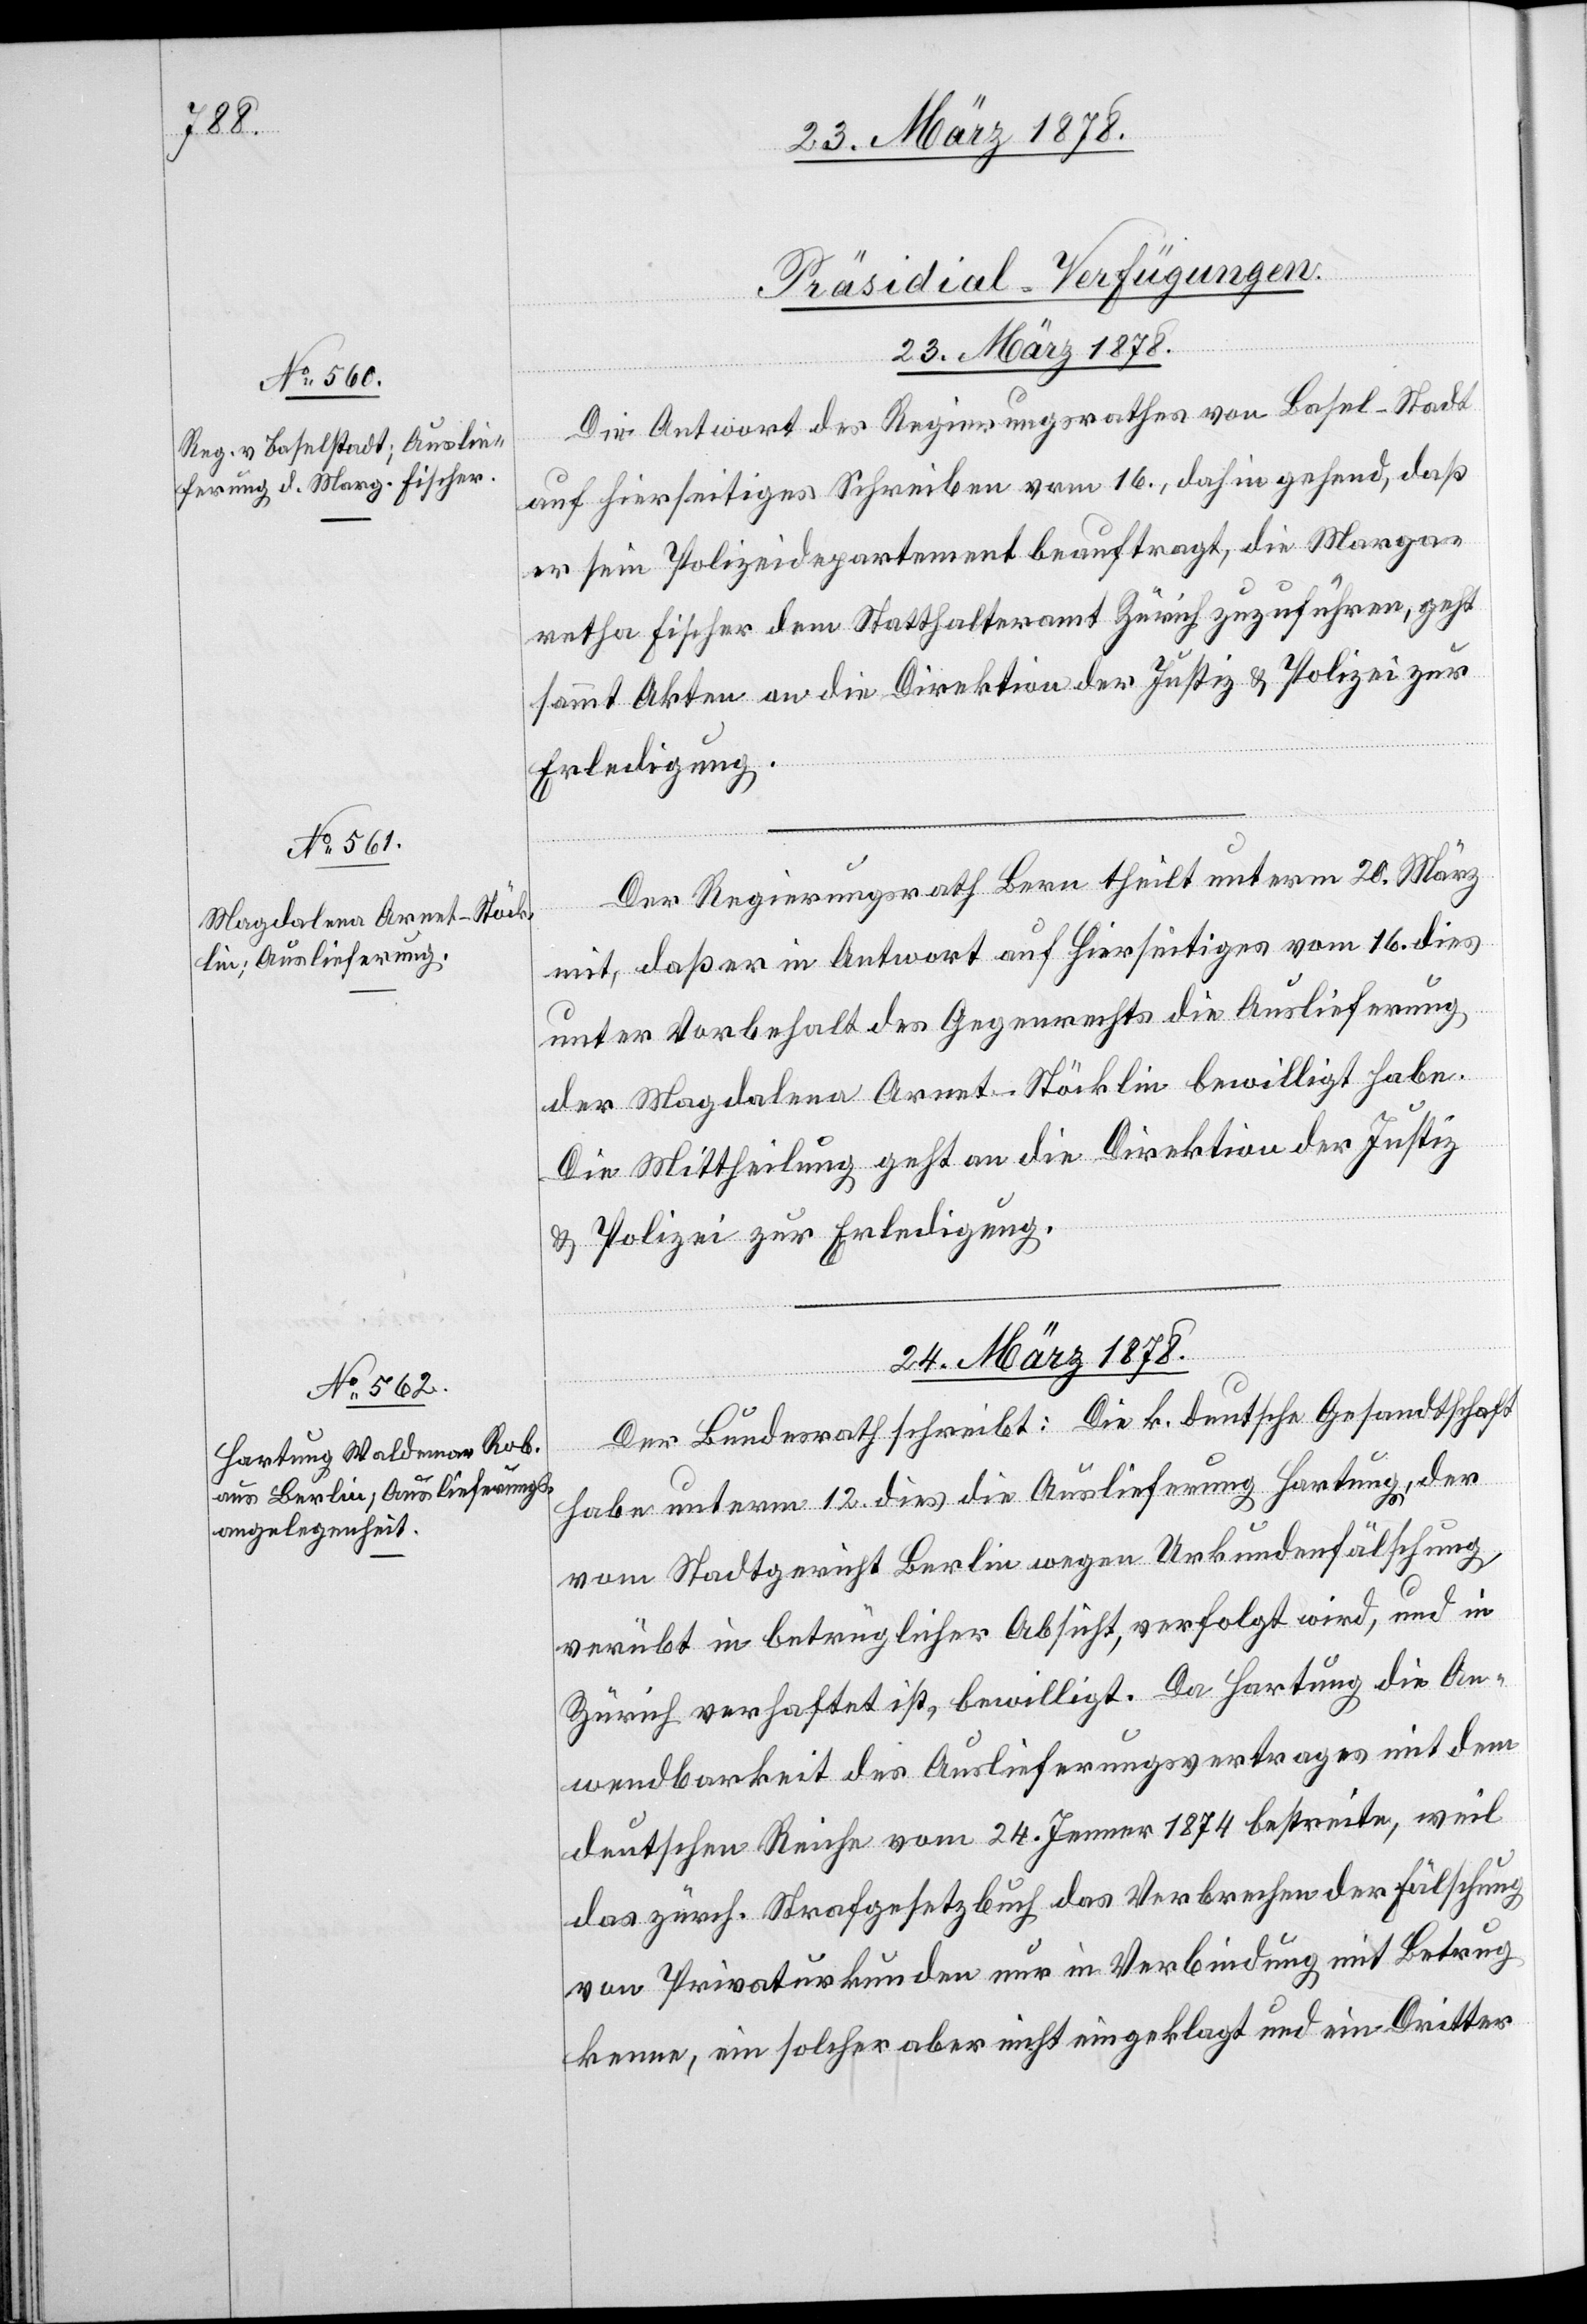
[Präsidial-Verfügungen.]
23. März 1878.]
Die Antwort des Regierungsrathes von Basel-Stadt
auf hierseitiges Schreiben vom 16., dahin gehend, daß
er sein Polizeidepartement beauftragt, die Marga¬
retha Fischer dem Statthalteramt Zürich zuzuführen, geht
sammt Akten an die Direktion der Justiz & Polizei zur
Erledigung.
Der Regierungsrath Bern theilt unterm 20. März
mit, daß er in Antwort auf hierseitiges vom 16. dies
unter Vorbehalt des Gegenrechts die Auslieferung
der Magdalena Arnet-Stöcklin bewilligt habe.
Die Mittheilung geht an die Direktion der Justiz
& Polizei zur Erledigung.
24. März 1878.
Der Bundesrath schreibt: Die k. deutsche Gesandtschaft
habe unterm 12. dies die Auslieferung Hartung, der
vom Stadtgericht Berlin wegen Urkundenfälschung
verübt in betrüglicher Absicht, verfolgt wird, und in
Zürich verhaftet ist, bewilligt. Da Hartung die An¬
wendbarkeit des Auslieferungsvertrages mit dem
deutschen Reiche vom 24. Jenner 1874 bestreite, weil
das zürch. Strafgesetzbuch das Verbrechen der Fälschung
von Privaturkunden nur in Verbindung mit Betrug
kenne, ein solcher aber nicht eingeklagt und ein Dritter